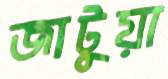
জাটুয়া